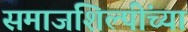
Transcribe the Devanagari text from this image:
समाजशिल्पींच्या